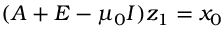
( A + E - \mu _ { 0 } I ) z _ { 1 } = x _ { 0 }